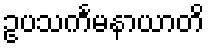
ဥပသင်္ကမနာယာတိ